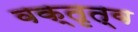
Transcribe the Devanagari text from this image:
वक्‍तृत्व